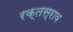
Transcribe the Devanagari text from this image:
रक्‍तस्राव